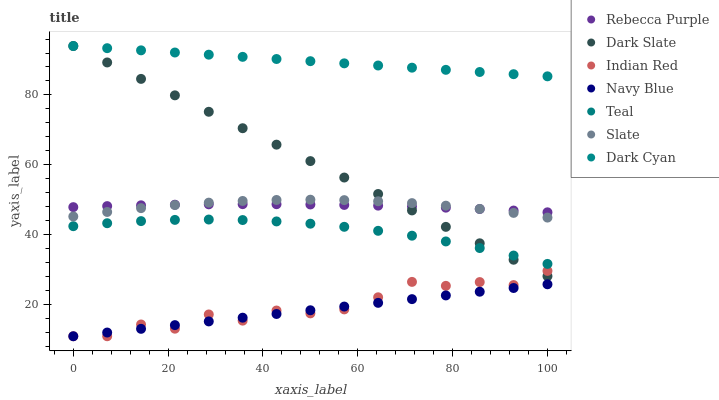
| xaxis_label | Rebecca Purple | Dark Slate | Indian Red | Navy Blue | Teal | Slate | Dark Cyan |
 | --- | --- | --- | --- | --- | --- | --- | --- |
 | 0 | 47.9 | 94 | 11 | 11 | 42.5 | 45.3 | 94 |
 | 7.14 | 48.2 | 89.3 | 11 | 12.1 | 43.3 | 46.5 | 93.4 |
 | 14.3 | 48.4 | 84.6 | 14.4 | 13.1 | 43.9 | 47.6 | 92.8 |
 | 21.4 | 48.6 | 79.9 | 13.2 | 14.2 | 44.3 | 48.5 | 92.1 |
 | 28.6 | 48.7 | 75.2 | 17.2 | 15.2 | 44.4 | 49.2 | 91.5 |
 | 35.7 | 48.8 | 70.5 | 15.5 | 16.3 | 44.2 | 49.7 | 90.9 |
 | 42.9 | 48.8 | 65.8 | 18.4 | 17.4 | 43.8 | 50 | 90.3 |
 | 50 | 48.7 | 61.1 | 17.5 | 18.4 | 43.2 | 50.1 | 89.7 |
 | 57.1 | 48.6 | 56.4 | 18.7 | 19.5 | 42.3 | 49.9 | 89 |
 | 64.3 | 48.4 | 51.7 | 22.1 | 20.6 | 41.2 | 49.6 | 88.4 |
 | 71.4 | 48.1 | 47 | 26.5 | 21.6 | 39.8 | 49.1 | 87.8 |
 | 78.6 | 47.8 | 42.3 | 25.4 | 22.7 | 38.1 | 48.3 | 87.2 |
 | 85.7 | 47.4 | 37.6 | 26.5 | 23.7 | 36.2 | 47.4 | 86.6 |
 | 92.9 | 46.9 | 32.9 | 25.6 | 24.8 | 34.1 | 46.3 | 85.9 |
 | 100 | 46.4 | 28.2 | 29.7 | 25.9 | 31.7 | 44.9 | 85.3 |